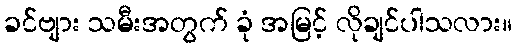
ခင်ဗျား သမီးအတွက် ခုံ အမြင့် လိုချင်ပါသလား။